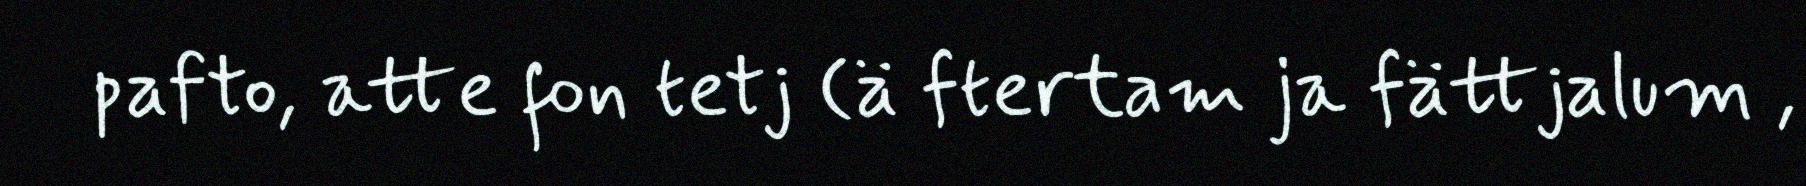
pafto, atte fon tetj (ä ftertam ja fättjalum ,